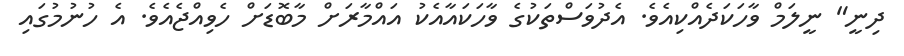
ދިނީ" ނީލަމް ވާހަކަދެއްކިއެވެ. އެދުވަސްތަކުގެ ވާހަކައާއެކު އައްމާރަށް މާބޮޑަށް ހެވިއްޖެއެވެ. އެ ހުނުމުގައި